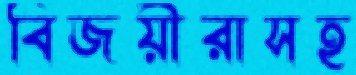
বিজয়ীরাসহ